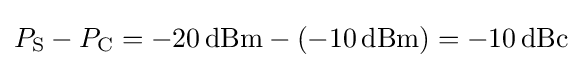
P_{\mathrm {S} }-P_{\mathrm {C} }=-20\,\mathrm {dBm} -(-10\,\mathrm {dBm} )=-10\,\mathrm {dBc}